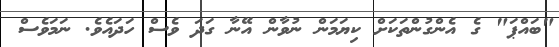
"ބައްޕަ" ގެ އެންގުންތަކަށް ކިޔަމަން ނުވާން އޭނާ ގަދަ ވެސް ހަދައެވެ. ނަމަވެސް